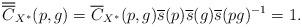
LaTeX: \begin{align*}\overline{\overline{C}}_{X^{\ast}}(p,g)&=\overline{C}_{X^{\ast}}(p,g)\overline{s}(p)\overline{s}(g) \overline{s}(pg)^{-1}=1.\end{align*}